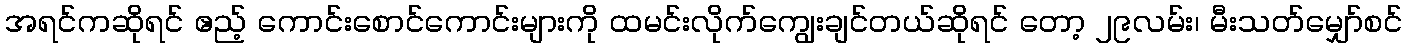
အရင်ကဆိုရင် ဧည့် ကောင်းစောင်ကောင်းများကို ထမင်းလိုက်ကျွေးချင်တယ်ဆိုရင် တော့ ၂၉လမ်း၊ မီးသတ်မျှော်စင်